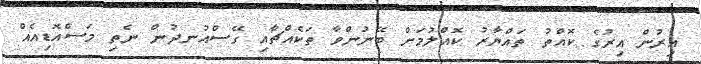
އިރުން އިރުގެ ކޮއްތު ތައްޔާރު ކޮއްލުމަށް ބޭނުންވާ ތަކެއްޗާއި ގޭސްއުނދުން ނެތި މަސްއޮޑިއެއް